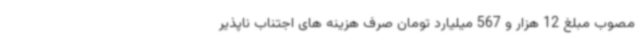
مصوب مبلغ 12 هزار و 567 میلیارد تومان صرف هزینه های اجتناب ناپذیر